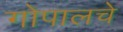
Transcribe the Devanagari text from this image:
गोपालचे